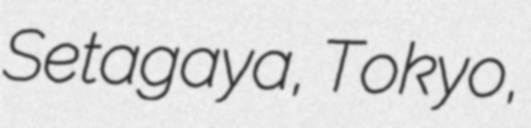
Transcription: Setagaya, Tokyo,